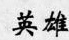
英雄